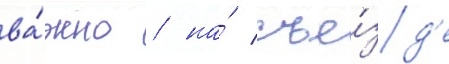
ва́жно / на́ съе́зд'е